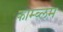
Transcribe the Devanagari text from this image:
काम्ब्लम